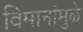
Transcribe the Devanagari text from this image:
विमानांमुळे